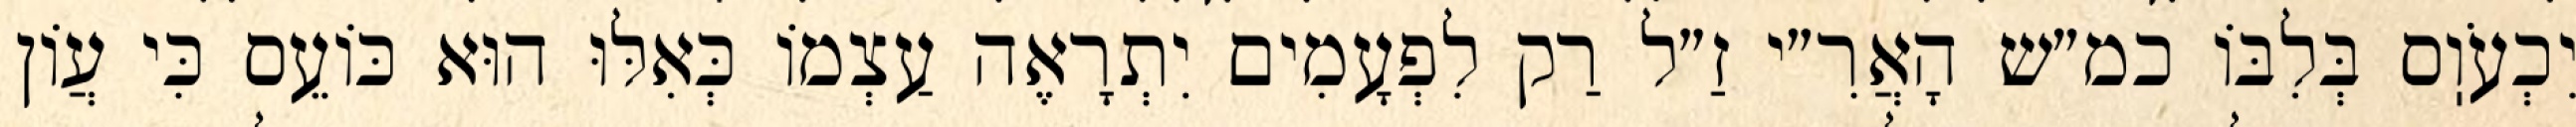
יִכְעֹוֽס בְּלִבּוֹ כמ״ש הָאֲרִ״י זַ״ל רַק לִפְעָמִים יִתְרָאֶה עַצְמוֹ כְּאִלּוּ הוּא כּוֹעֵס כִּי עֲוֹן